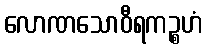
လောဏသောဝီရကဉ္စဟံ